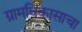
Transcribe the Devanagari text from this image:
ग्रामविकासाचा